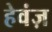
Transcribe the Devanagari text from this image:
हेवंज़